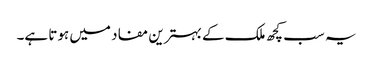
یہ سب کچھ ملک کے بہترین مفاد میں ہوتا ہے۔